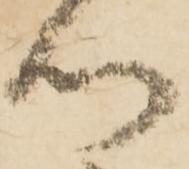
つ